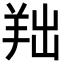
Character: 𦍦